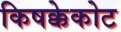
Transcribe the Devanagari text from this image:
किषक्केकोट